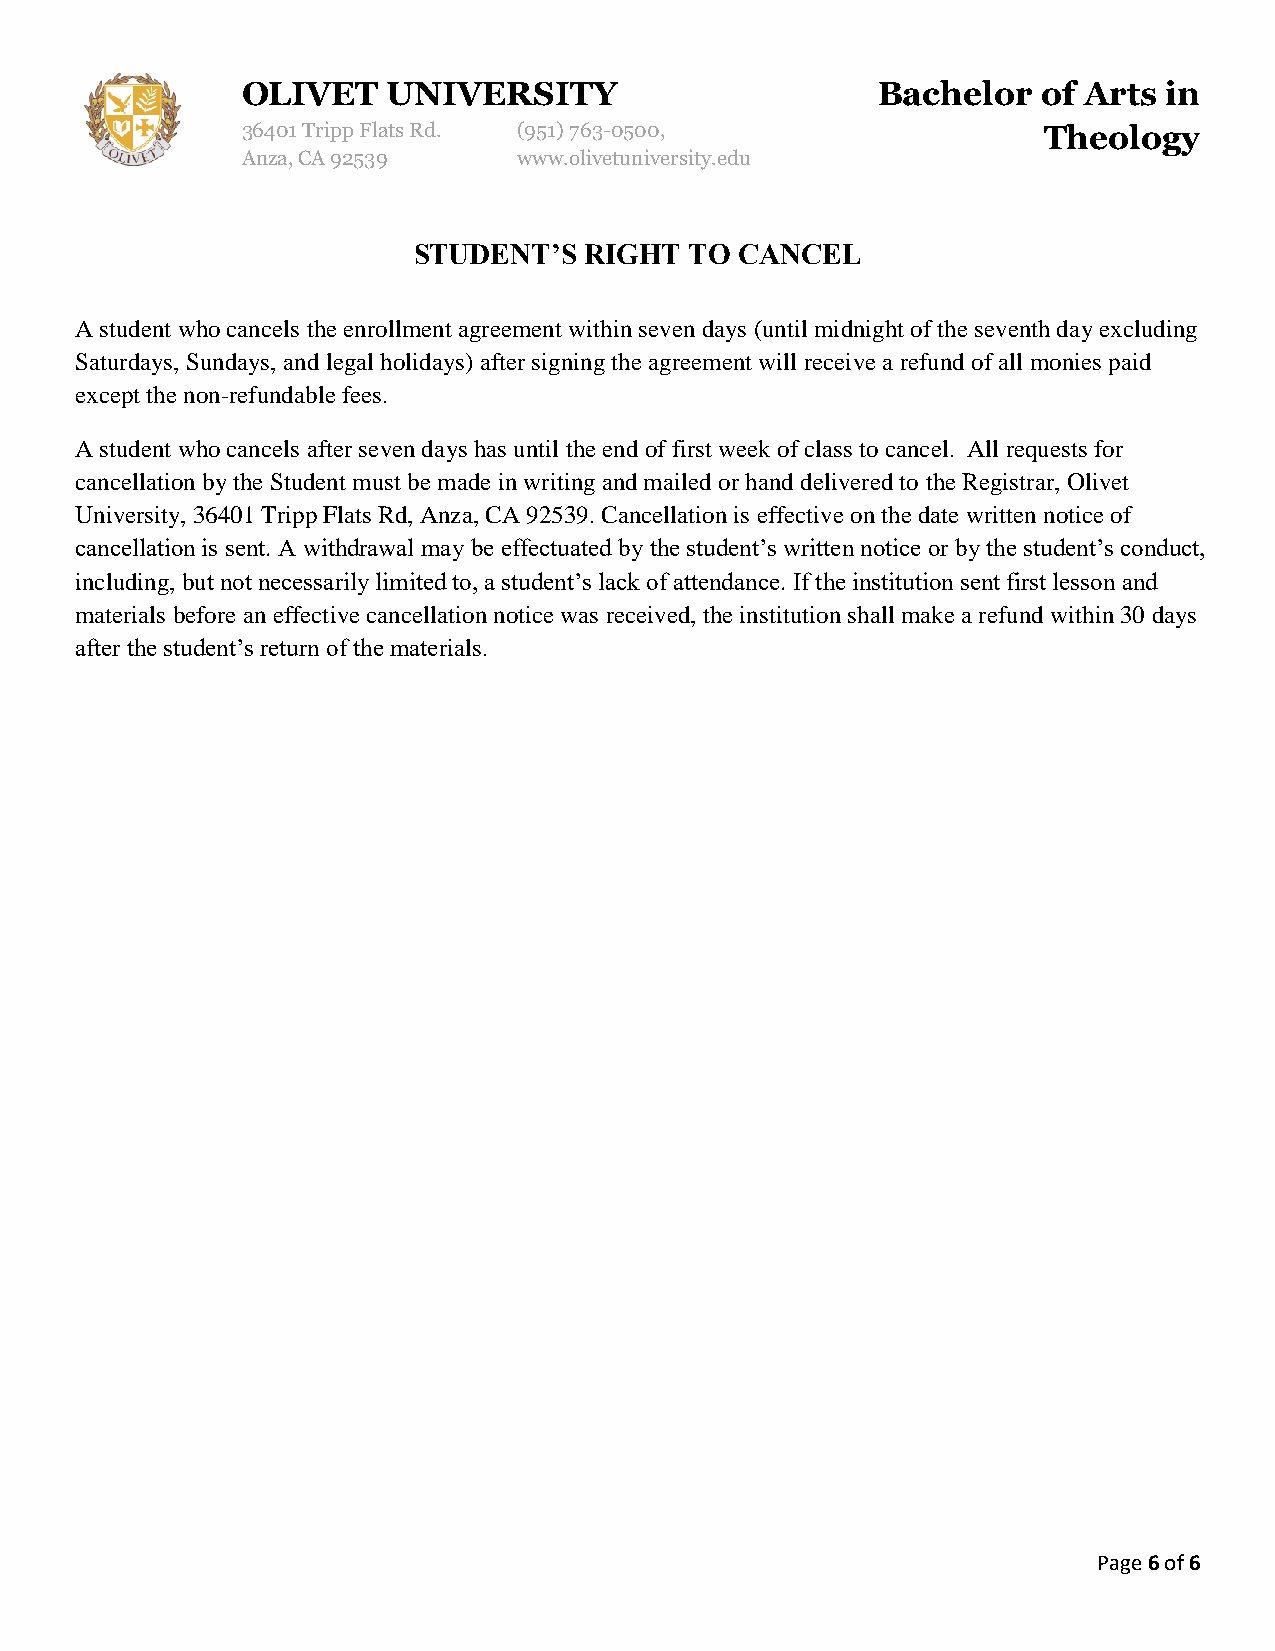
OLIVET    UNIVERSITY                      Bachelor   of Arts in
 36401 Tripp Flats Rd. (951) 763-0500,                Theology
 Anza, CA 92539    www.olivetuniversity.edu
 STUDENT’S   RIGHT  TO CANCEL
 A student who cancels the enrollment agreement within seven days (until midnight of the seventh day excluding
 Saturdays, Sundays, and legal holidays) after signing the agreement will receive a refund of all monies paid
 except the non-refundable fees.
 A student who cancels after seven days has until the end of first week of class to cancel. All requests for
 cancellation by the Student must be made in writing and mailed or hand delivered to the Registrar, Olivet
 University, 36401 Tripp Flats Rd, Anza, CA 92539. Cancellation is effective on the date written notice of
 cancellation is sent. A withdrawal may be effectuated by the student’s written notice or by the student’s conduct,
 including, but not necessarily limited to, a student’s lack of attendance. If the institution sent first lesson and
 materials before an effective cancellation notice was received, the institution shall make a refund within 30 days
 after the student’s return of the materials.
 Page 6 of 6